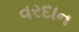
વરદાન